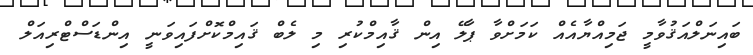
ބައިނަލްއަޤުވާމީ ޖަމިއްޔާއެއް ކަމަށްވާ ޕާލޭ އިން ޤާއިމްކުރި މި ލެބް ޤައިމްކޮށްފައިވަނީ އިންޑަސްޓްރިއަލް